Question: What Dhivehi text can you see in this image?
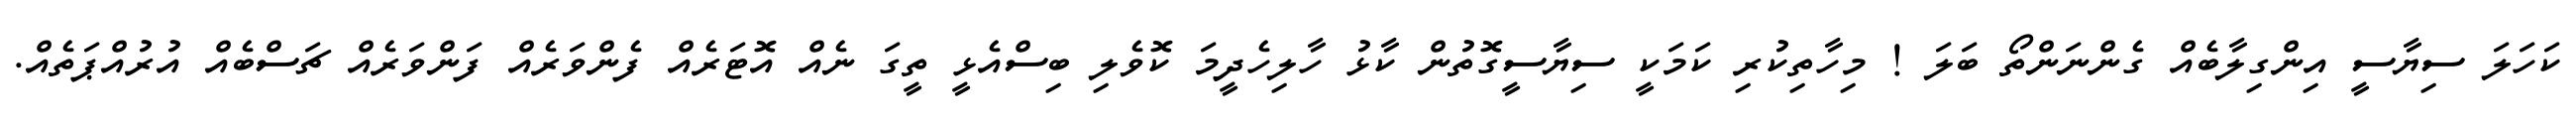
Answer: ކަހަލަ ސިޔާސީ އިންގިލާބެއް ގެންނަންތޯ ބަލަ ! މިހާތިކުރި ކަމަކީ ސިޔާސީގޮތުން ކާޅު ހާލިހެދީމަ ކޮވެލި ބިސްއެޅީ ތީގަ ނެއް އޮޓަރެއް ފެންވަރެއް ފަންވަރެއް ޗަސްބެއް އުރުއްޕަތެއް.